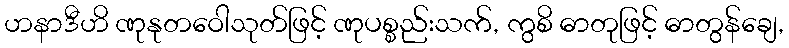
ဟနာဒီဟိ ဏုနုတဝေါသုတ်ဖြင့် ဏုပစ္စည်းသက်, ကွစိ ဓာတုဖြင့် ဓာတွန်ချေ,